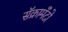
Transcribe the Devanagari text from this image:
सॅक्रामँटो